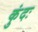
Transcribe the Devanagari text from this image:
कुंदः